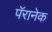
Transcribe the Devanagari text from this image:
पॅरानेक